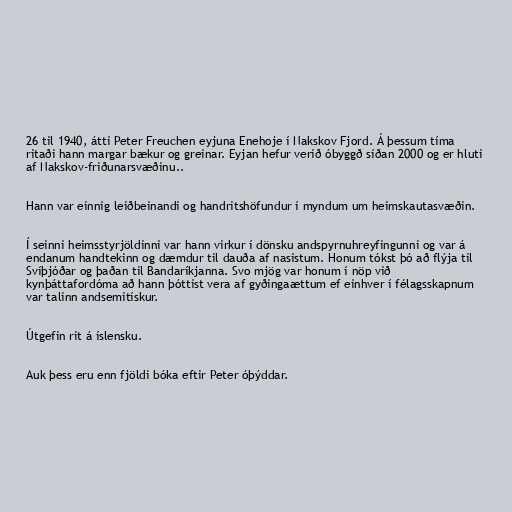
26 til 1940, átti Peter Freuchen eyjuna Enehoje í Nakskov Fjord. Á þessum tíma
ritaði hann margar bækur og greinar. Eyjan hefur verið óbyggð síðan 2000 og er hluti
af Nakskov-friðunarsvæðinu..

Hann var einnig leiðbeinandi og handritshöfundur í myndum um heimskautasvæðin.

Í seinni heimsstyrjöldinni var hann virkur í dönsku andspyrnuhreyfingunni og var á
endanum handtekinn og dæmdur til dauða af nasistum. Honum tókst þó að flýja til
Svíþjóðar og þaðan til Bandaríkjanna. Svo mjög var honum í nöp við
kynþáttafordóma að hann þóttist vera af gyðingaættum ef einhver í félagsskapnum
var talinn andsemitískur.

Útgefin rit á íslensku.

Auk þess eru enn fjöldi bóka eftir Peter óþýddar.